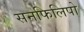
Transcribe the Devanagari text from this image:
सनफिलिपो